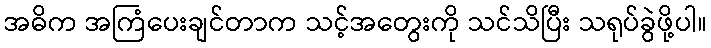
အဓိက အကြံပေးချင်တာက သင့်အတွေးကို သင်သိပြီး သရုပ်ခွဲဖို့ပါ။